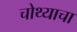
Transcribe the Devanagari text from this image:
चोथ्याचा